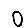
Digit: 0